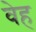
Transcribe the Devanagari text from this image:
वेह